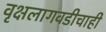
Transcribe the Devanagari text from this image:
वृक्षलागवडीचाही